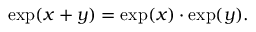
\exp ( x + y ) = \exp ( x ) \cdot \exp ( y ) .